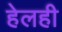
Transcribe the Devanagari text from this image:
हेलही